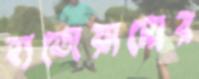
হাতোয়ামোর